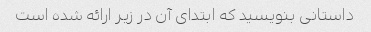
داستانی بنویسید که ابتدای آن در زیر ارائه شده است